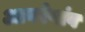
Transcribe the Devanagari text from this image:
आयरेगांव